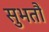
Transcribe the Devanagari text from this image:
सुभतौं